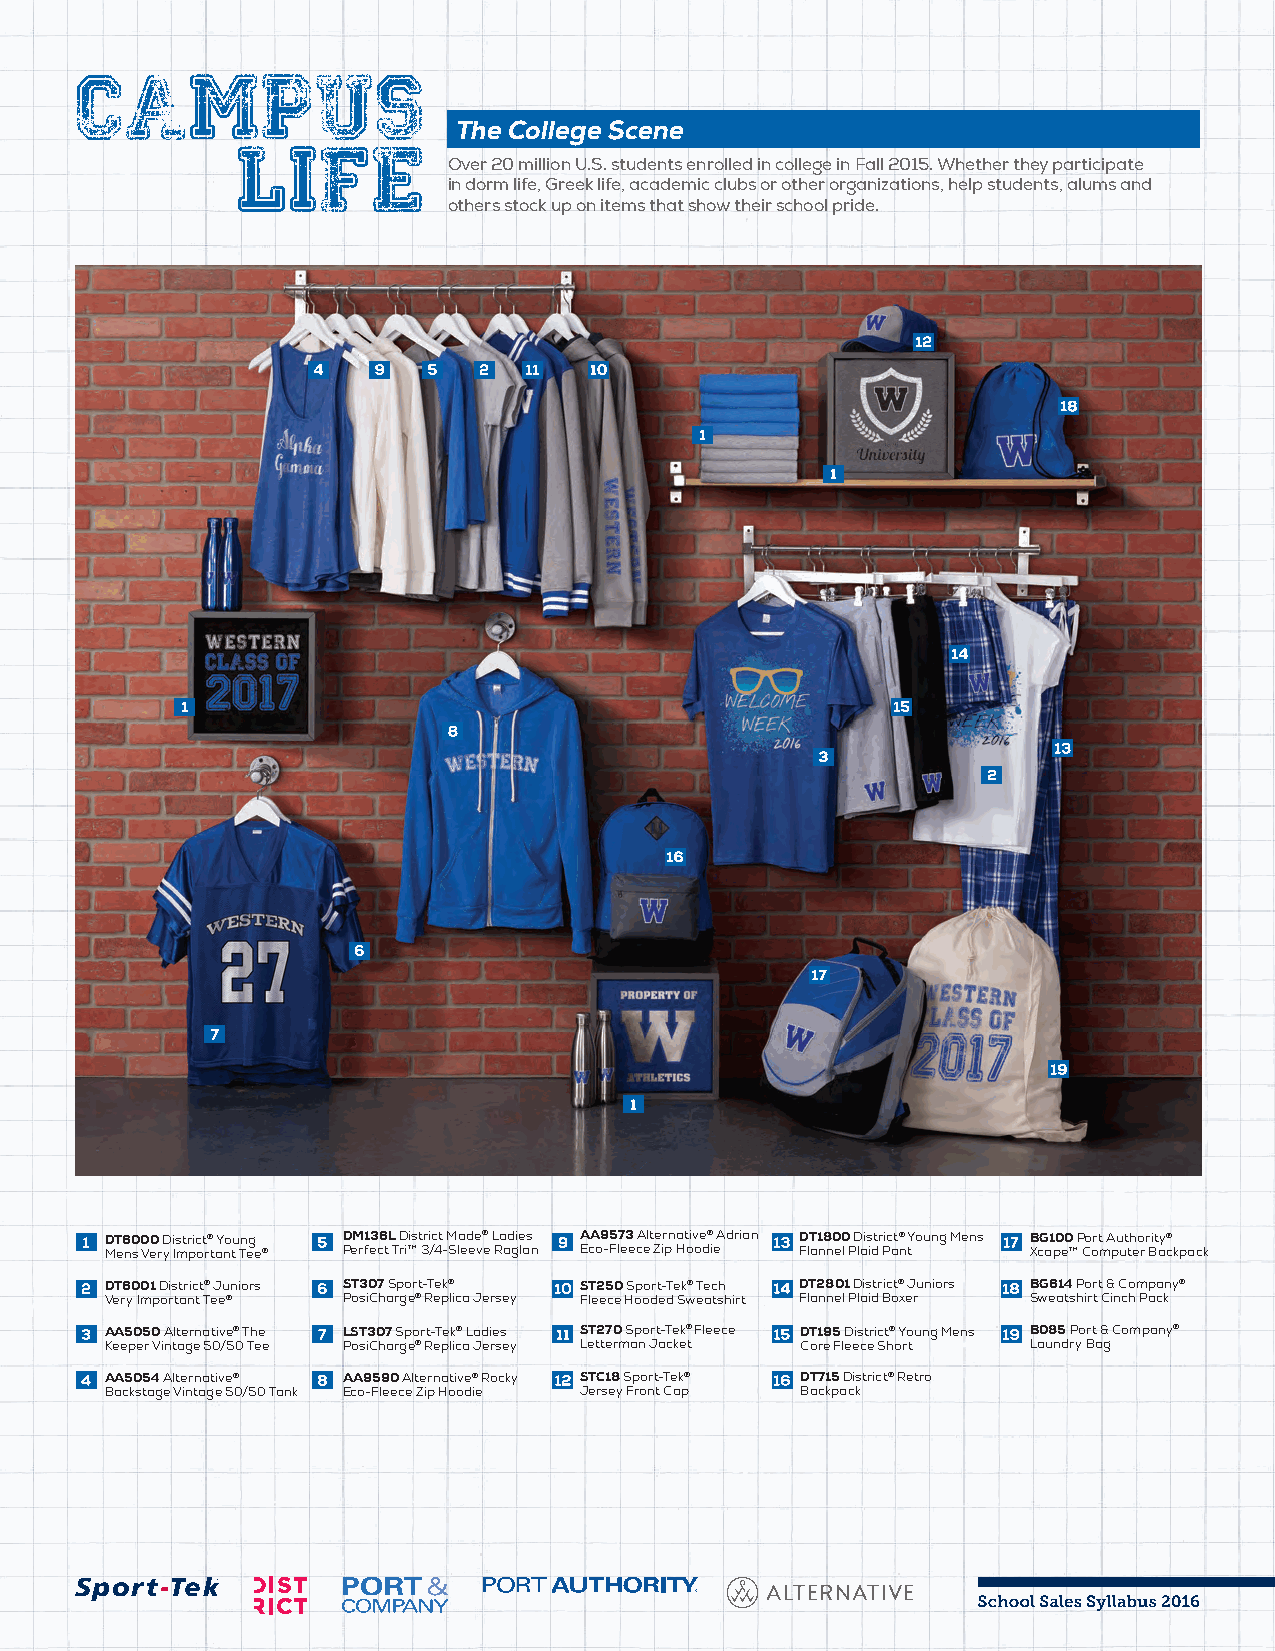
CAMPUS
 The College Scene
 LIFE
 Over 20 million U.S. students enrolled in college in Fall 2015. Whether they participate
 in dorm life, Greek life, academic clubs or other organizations, help students, alums and
 others stock up on items that show their school pride.
 DT6000 District® Young DM136L District Made® Ladies AA9573 Alternative® Adrian DT1800 District® Young Mens BG100 Port Authority®
 Mens Very Important Tee® Perfect Tri™ 3/4-Sleeve Raglan Eco-Fleece Zip Hoodie Flannel Plaid Pant Xcape™ Computer Backpack
 DT6001 District® Juniors ST307 Sport-Tek® ST250 Sport-Tek® Tech DT2801 District® Juniors BG614 Port & Company®
 Very Important Tee® PosiCharge® Replica Jersey Fleece Hooded Sweatshirt Flannel Plaid Boxer Sweatshirt Cinch Pack
 AA5050 Alternative® The LST307 Sport-Tek® Ladies ST270 Sport-Tek® Fleece DT195 District® Young Mens B085 Port & Company®
 Keeper Vintage 50/50 Tee PosiCharge® Replica Jersey Letterman Jacket Core Fleece Short Laundry Bag
 AA5054 Alternative® AA9590 Alternative® Rocky STC18 Sport-Tek® DT715 District® Retro
 Backstage Vintage 50/50 Tank Eco-Fleece Zip Hoodie Jersey Front Cap Backpack